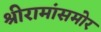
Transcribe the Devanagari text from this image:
श्रीरामांसमोर